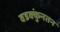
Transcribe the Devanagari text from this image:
वडक्कुंनतन